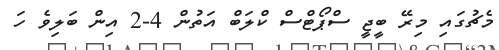
މެޗުގައި މިރޭ ބީޖީ ސްޕޯޓްސް ކްލަބް އަތުން 4-2 އިން ބަލިވެ ހަ